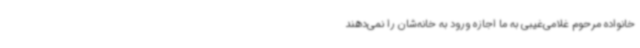
خانواده مرحوم غلامی‌غیبی به ما اجازه ورود به خانه‌شان را نمی‌دهند